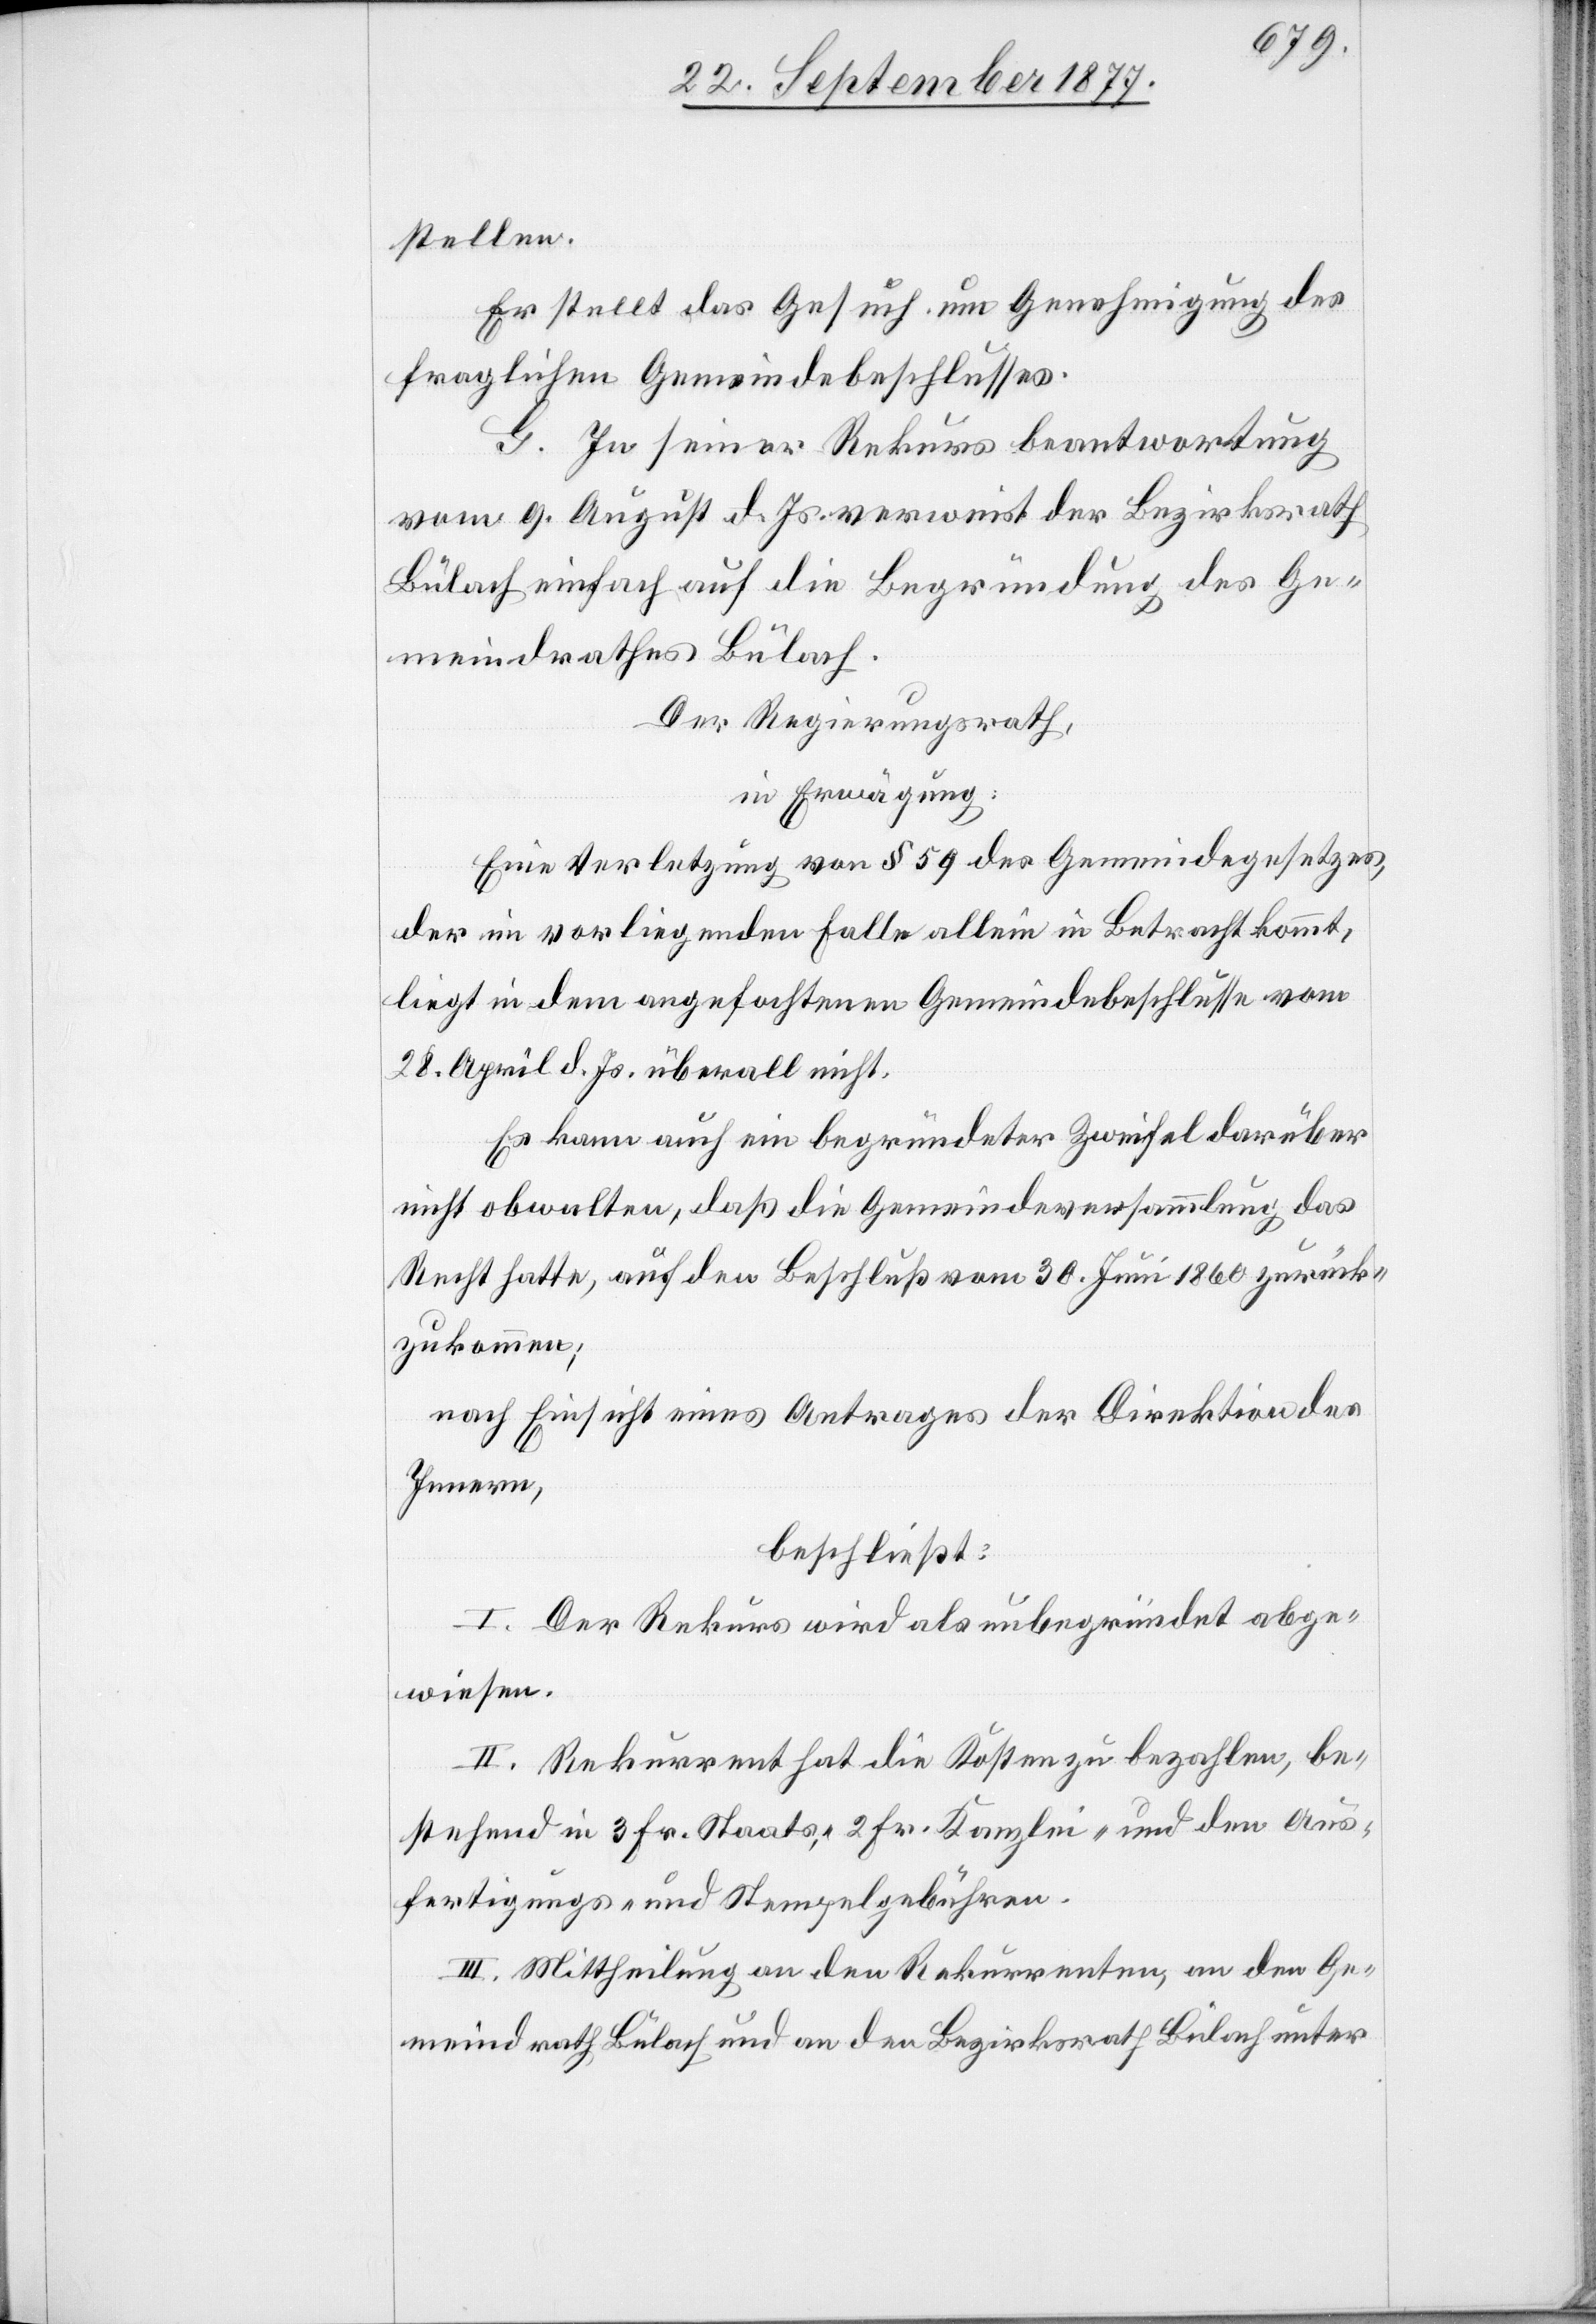
stellen.
Er stellt das Gesuch um Genehmigung des
fraglichen Gemeindebeschlusses.
G. In seiner Rekursbeantwortung
vom 9. August d. Js. verweist der Bezirksrath
Bülach einfach auf die Begründung des Ge¬
meindrathes Bülach.
Der Regierungsrath,
in Erwägung:
Eine Verletzung von § 59 des Gemeindegesetzes,
der im vorliegenden Falle allein in Betracht kommt,
liegt in dem angefochtenen Gemeindebeschlusse vom
28. April d. Js. überall nicht.
Es kann auch ein begründeter Zweifel darüber
nicht obwalten, daß die Gemeindeversammlung das
Recht hatte, auf den Beschluß vom 30. Juni 1860 zurück¬
zukommen;
nach Einsicht eines Antrages der Direktion des
Innern,
beschließt:
I. Der Rekurs wird als unbegründet abge¬
wiesen.
II. Rekurrent hat die Kosten zu bezahlen, be¬
stehend in 3 Fr. Staats-, 2 Fr. Kanzlei- und den Aus¬
fertigungs- und Stempelgebühren.
III. Mittheilung an den Rekurrenten, an den Ge¬
meindrath Bülach und an den Bezirksrath Bülach unter